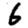
Digit: 6